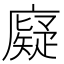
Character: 𪪧